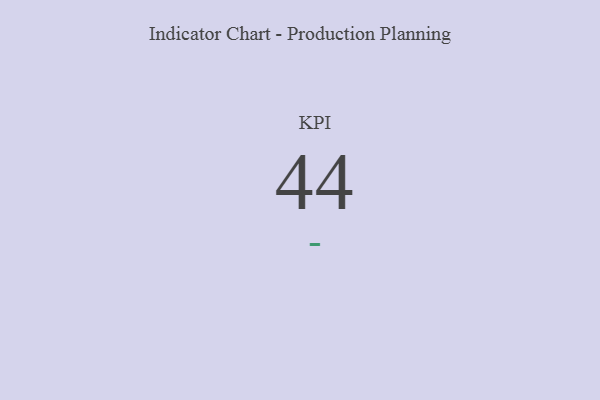
{"axis": {"x": "KPI", "y": "Value"}, "legend": [""], "data": [{"x": "KPI", "y": 44, "type": ""}]}